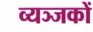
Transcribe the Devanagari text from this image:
व्यञ्जकों